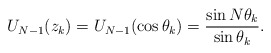
\begin{align*}U_{N-1}(z_{k}) = U_{N-1}(\cos \theta_{k}) = \frac{\sin N \theta_{k}}{\sin \theta_{k}}. \end{align*}